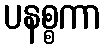
ပနစ္စကာ